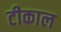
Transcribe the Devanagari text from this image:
टीकाल